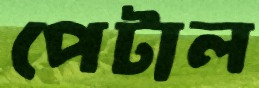
পেটাল